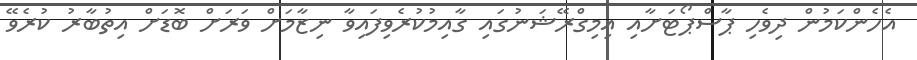
އެހެންކަމުން ދިވެހި ޕާސްޕޯޓަށާއި އިިމިގްރޭޝަނުގައި ގާއިމުކުރެވިފައިވާ ނިޒާމަށް ވަރަށް ބޮޑަށް އިތުބާރު ކުރެވޭ